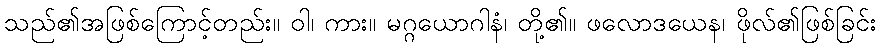
သည်၏အဖြစ်ကြောင့်တည်း။ ဝါ၊ ကား။ မဂ္ဂယောဂါနံ၊ တို့၏။ ဖလောဒယေန၊ ဖိုလ်၏ဖြစ်ခြင်း